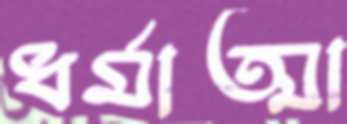
ধর্মাত্মা